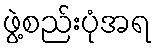
ဖွဲ့စည်းပုံအရ